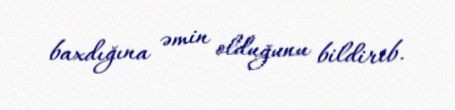
baxdığına əmin olduğunu bildirib.